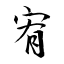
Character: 宥